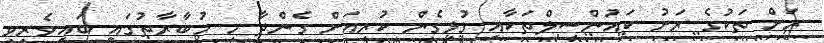
ރަށް ތަކުގެ ރަށު ކައުންސިލްތަކާއި ގުޅިގެން ކުރިއަށް ގެންދާ މި މުބާރާތުގައި ބައިވެރިވި